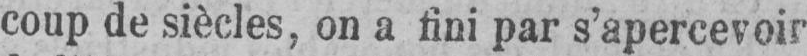
coup de siècles, on a fini par s’apercevoir